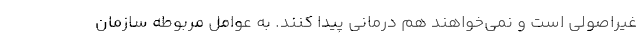
غیراصولی است و نمی‌خواهند هم درمانی پیدا کنند. به عوامل مربوطه سازمان